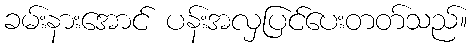
ခမ်းနားအောင် ပန်းအလှပြင်ပေးတတ်သည်။